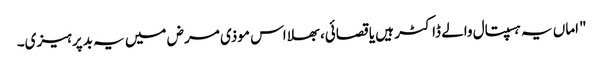
"اماں یہ ہسپتال والے ڈاکٹر ہیں یا قصائی، بھلا اس موذی مرض میں یہ بدپرہیزی۔